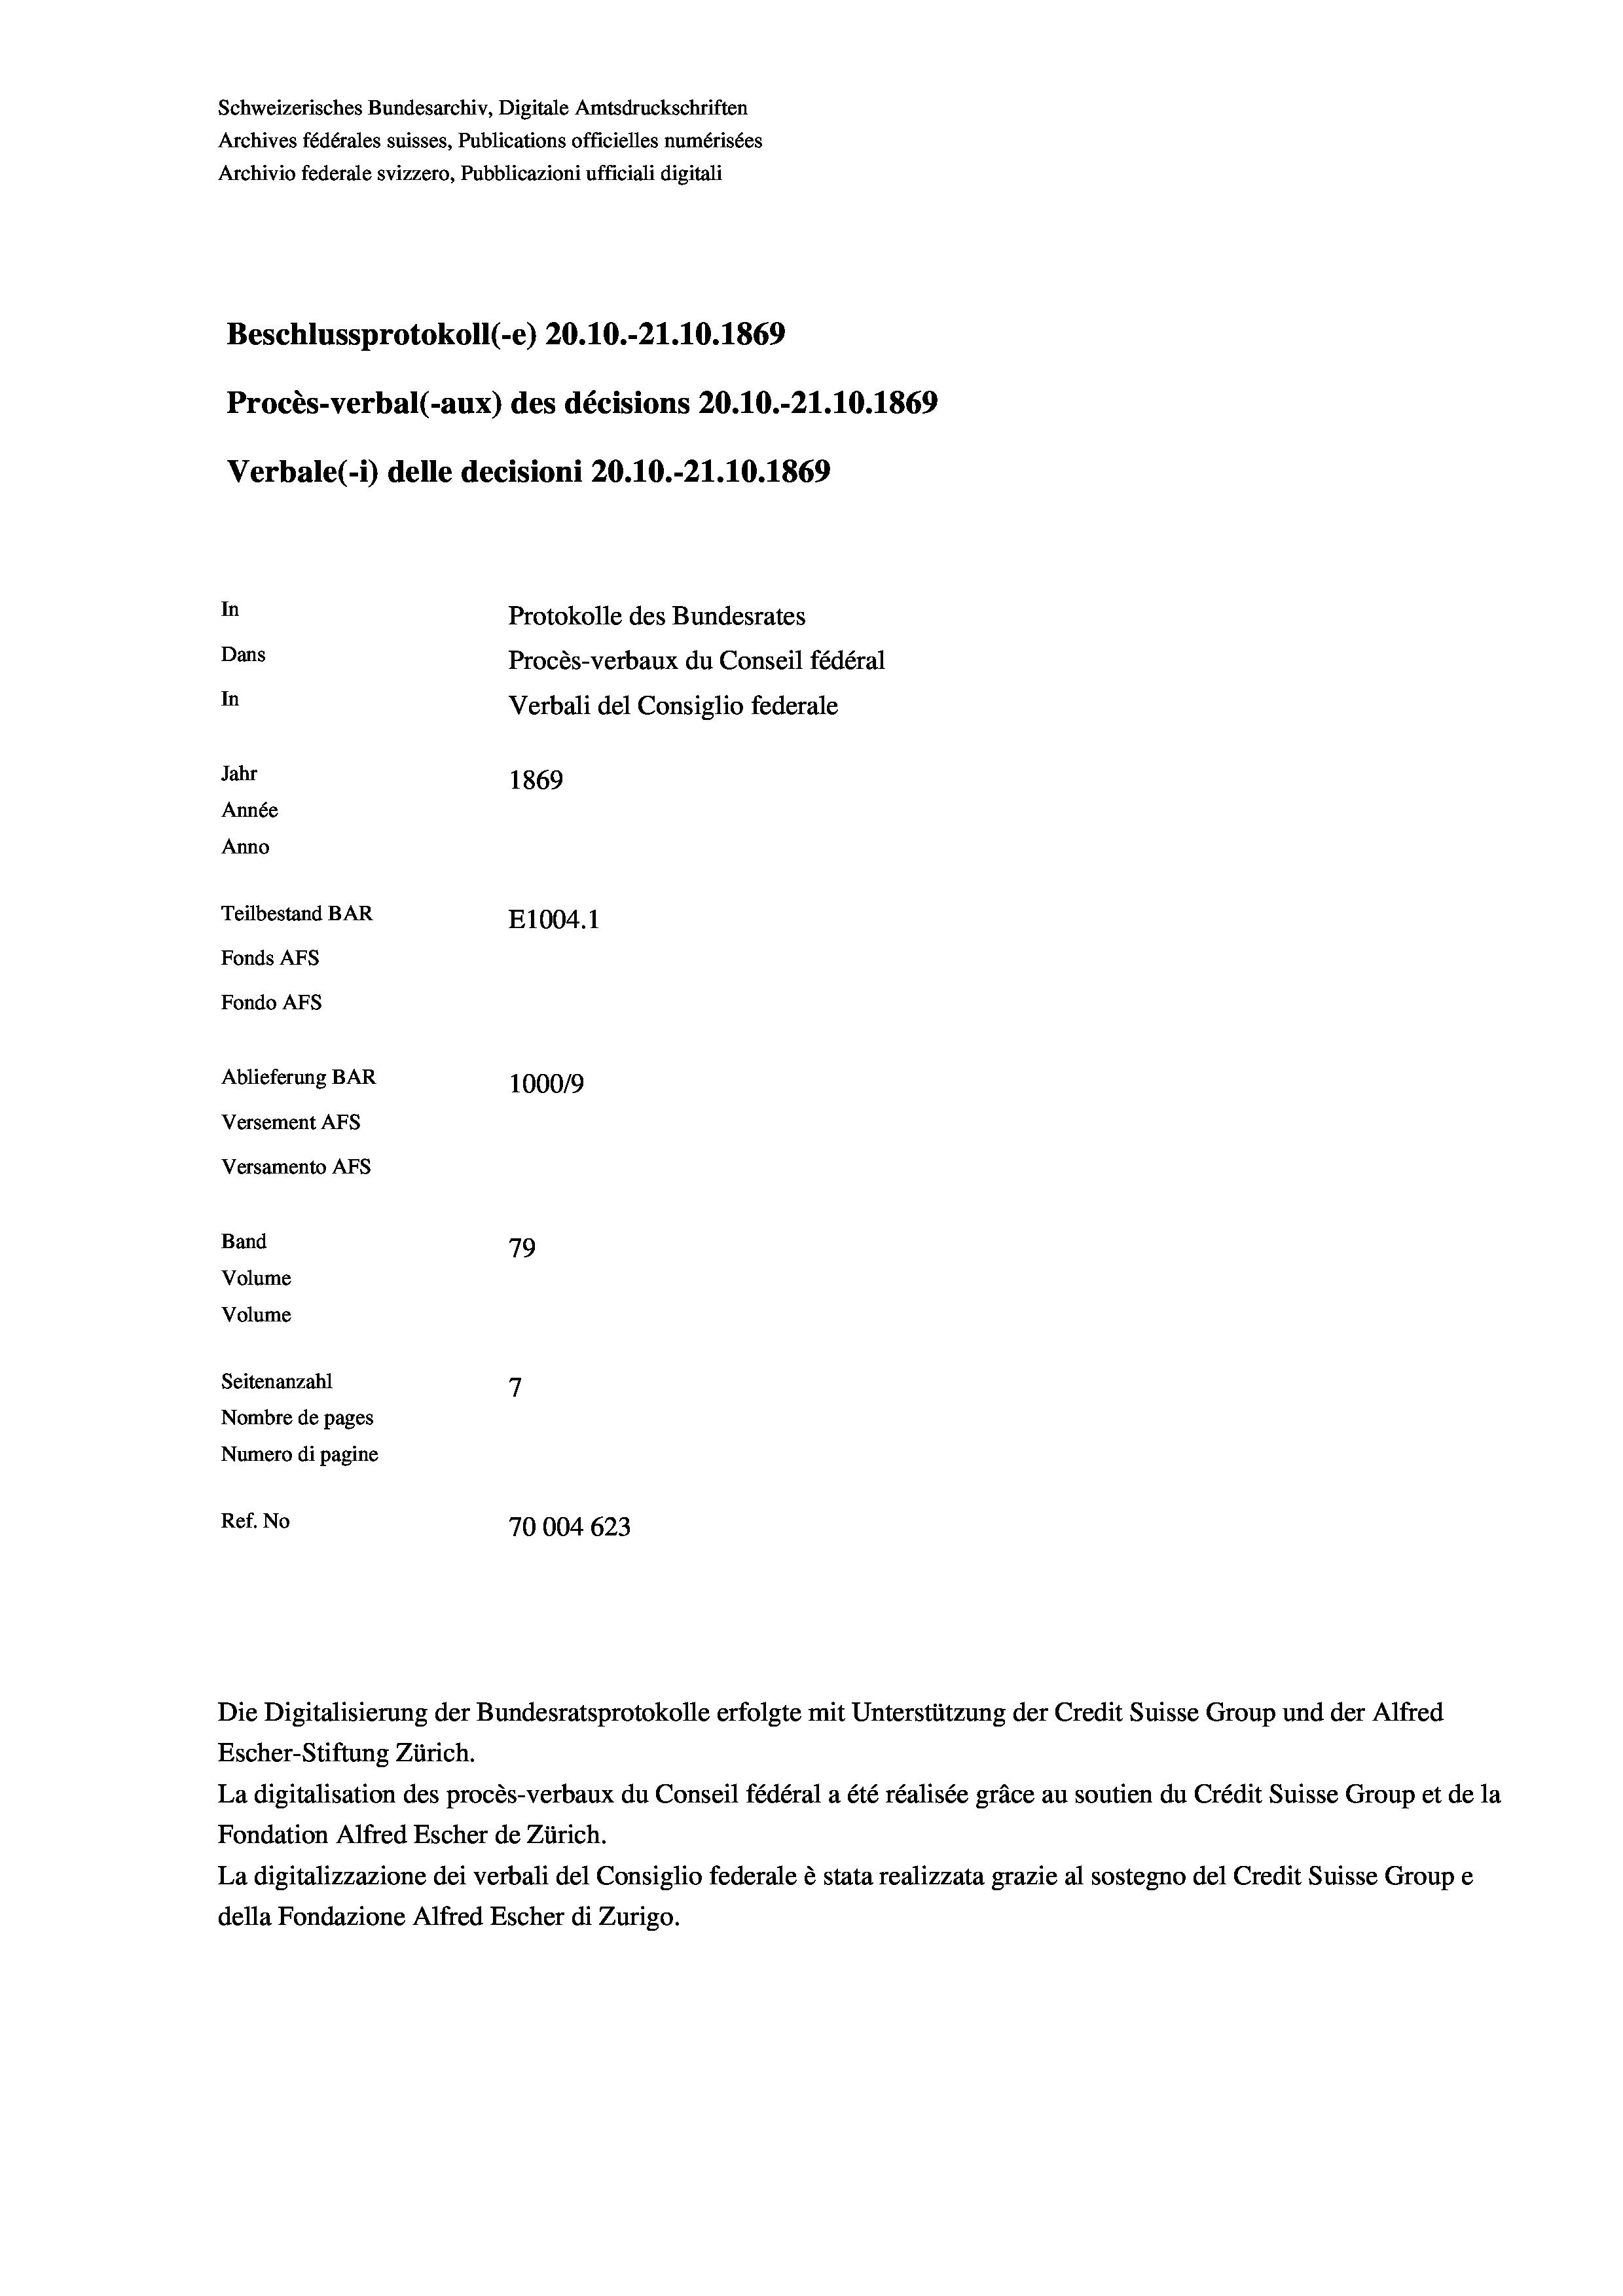
Schweizerisches Bundesarchiv, Digitale Amtsdruckschriften
Archives fédérales suisses, Publications officielles numérisées
Archivio federale svizzero, Pubblicazioni ufficiali digitali
Beschlussprotokoll (-e) 20.10.-21.10.1869
Procès-verbal (-aux) des décisions 20.10.-21.10.1869
Verbale(-*) delle decisioni 20.10.-21.10.1869
In
Protokolle des Bundesrates
Dans
Procès-verbaux du Conseil fédéral
In
Verbali del Consiglio federale
Jahr
1869
Année
Anno
Teilbestand BAR
E1004. 1
Fonds AFs
Fondo AFs
Ablieferung BAR
1000/9
Versement As
Versamento AFs
Band
79
Volume
Volume
7
Seitenanzahl
Nombre de pages
Numero di pagine
Ref. No
70004623

La digitalisation des procès-verbaux du Conseil fédéral a été réalisée gräce au soutien du Crédit Suisse Group et de la
Fondation Alfred Escher de Zürich.
La digitalizzazione dei verbali del Consiglio federale è stata realizzata grazie al sostegno del Credit Suisse Groupe
della Fondazione Alfred Escher di Zurigo.

Die Digitalisierung der Bundesratsprotokolle erfolgte mit Unterstützung der Credit Suisse Group und der Alfred
Escher-Stiftung Zürich.